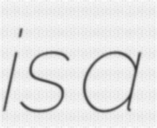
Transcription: is a